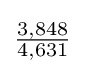
{\tfrac {3,848}{4,631}}